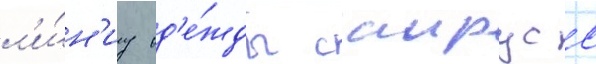
л'и́н'иу од'е́жды саирус с